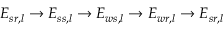
E _ { s r , l } \rightarrow E _ { s s , l } \rightarrow E _ { w s , l } \rightarrow E _ { w r , l } \rightarrow E _ { s r , l }